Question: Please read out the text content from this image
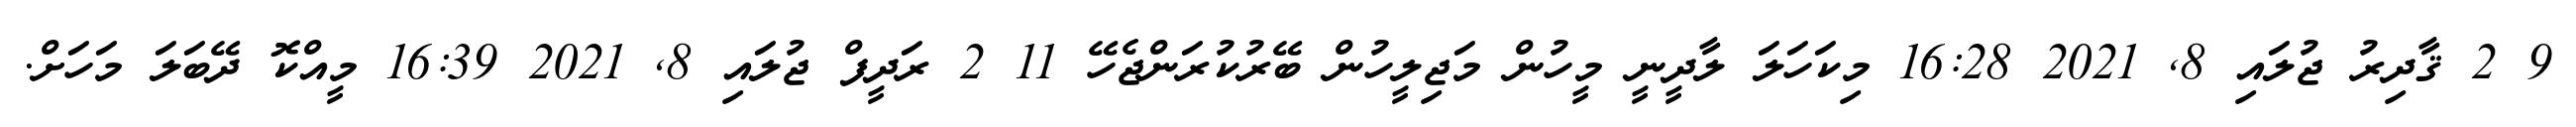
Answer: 9 2 ޤާދިރު ޖުލައި 8, 2021 16:28 މިކަހަލަ ލާދީނީ މީހުން މަޖިލީހުން ބޭރުކުރަންޖެހޭ 11 2 ރަދީފް ޖުލައި 8, 2021 16:39 މީއްކޮ ދޭބަލަ މަހަށް.